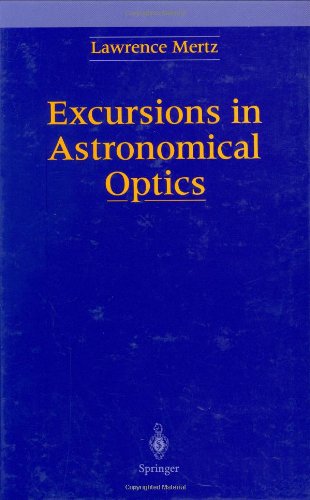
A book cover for Excursions in Astronomical Optics; Lawrence N. Mertz; Science & Math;